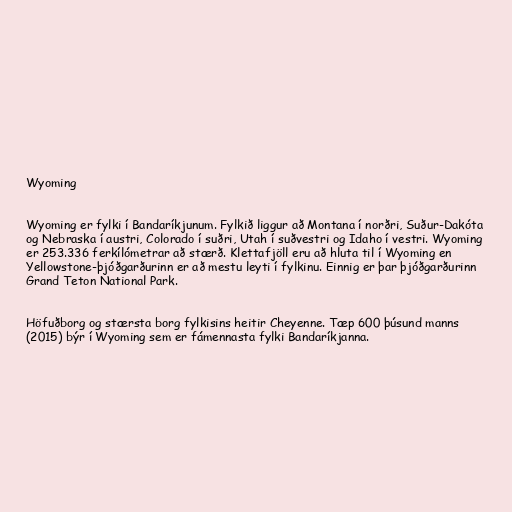
Wyoming

Wyoming er fylki í Bandaríkjunum. Fylkið liggur að Montana í norðri, Suður-Dakóta
og Nebraska í austri, Colorado í suðri, Utah í suðvestri og Idaho í vestri. Wyoming
er 253.336 ferkílómetrar að stærð. Klettafjöll eru að hluta til í Wyoming en
Yellowstone-þjóðgarðurinn er að mestu leyti í fylkinu. Einnig er þar þjóðgarðurinn
Grand Teton National Park.

Höfuðborg og stærsta borg fylkisins heitir Cheyenne. Tæp 600 þúsund manns
(2015) býr í Wyoming sem er fámennasta fylki Bandaríkjanna.